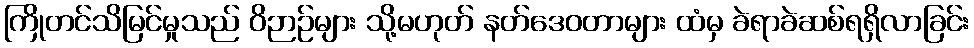
ကြိုတင်သိမြင်မှုသည် ဝိဉာဉ်များ သို့မဟုတ် နတ်ဒေဝတာများ ထံမှ ခဲရာခဲဆစ်ရရှိလာခြင်း